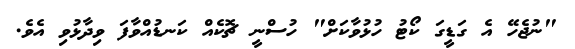
"ނުޖެހޭ އެ ގަޑީގަ ކޯޓު ހުޅުވާކަށް" ހުސްނީ ޗޮކެއް ކަނޑުއްވާފަ ވިދާޅުވި އެވެ.